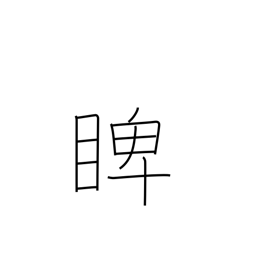
Meaning: glare at